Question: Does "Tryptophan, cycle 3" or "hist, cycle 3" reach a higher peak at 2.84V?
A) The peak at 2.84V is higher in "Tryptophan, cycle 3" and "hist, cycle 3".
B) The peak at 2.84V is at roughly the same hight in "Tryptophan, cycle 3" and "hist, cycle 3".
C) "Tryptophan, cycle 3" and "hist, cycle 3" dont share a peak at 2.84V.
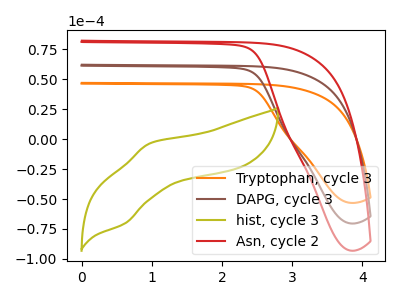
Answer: <think>The orange curve "Tryptophan, cycle 3" has no peaks. The brown curve "DAPG, cycle 3" has no peaks. The olive curve "hist, cycle 3" has an anodic peak at (1.00V, -3.40uA) and a cathodic peak at (0.60V, -70.40uA). The red curve "Asn, cycle 2" has no peaks.</think>
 <answer>C) "Tryptophan, cycle 3" and "hist, cycle 3" dont share a peak at 2.84V.</answer>
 <eval>C</eval>